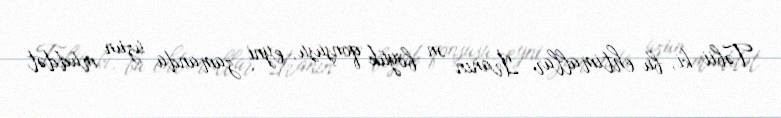
Təbii ki, bu ehtimallar İranın ən böyük qonşusu, eyni zamanda uzun müddət